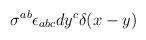
LaTeX: \begin{align*}\sigma^{ab} \epsilon_{abc} dy^c \delta(x-y)\end{align*}